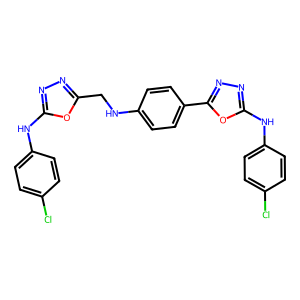
SMILES: Clc1ccc(Nc2nnc(CNc3ccc(-c4nnc(Nc5ccc(Cl)cc5)o4)cc3)o2)cc1
Inhibits HIV replication: No